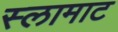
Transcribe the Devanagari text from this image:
स्लामाट